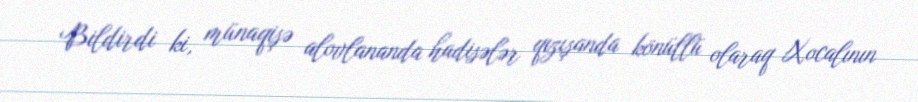
Bildirdi ki, münaqişə alovlananda hadisələr qızışanda könüllü olaraq Xocalının